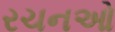
રચનઓ